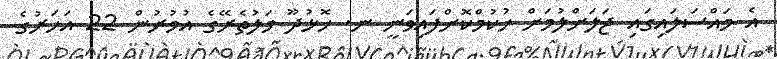
އެ މައްސަލައިގައި ޖަލަށްލުމަށް ހުކުމްކޮށްފައިވަނީ ނ. ހޮޅުދޫ މަލުތެރޭގެ އުމުރުން 22 އަހަރުގެ